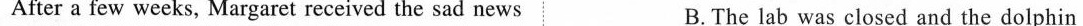
After a few weeks, Margaret received the sad news B.The lab was closed and the dolphin